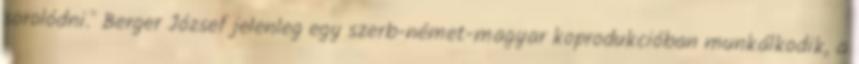
sorolódni." Berger József jelenleg egy szerb-német-magyar koprodukcióban munkálkodik, a